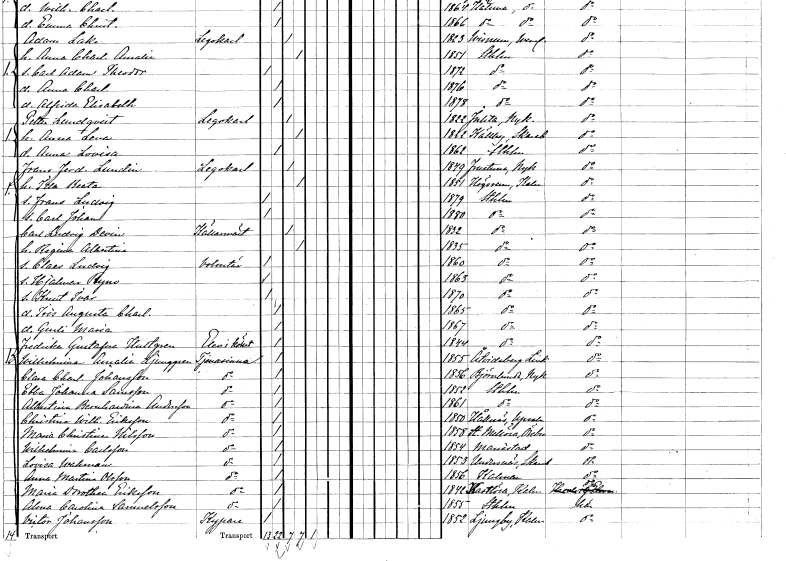
gt_parse: households: individuals: FN: Petter
EN: Lundqvist
YRKE: Legokarl
KON: M
CIV: G
FODAR: 1822
FODFORS: Julita Södermanlands län
FN: Anna Lena
KON: K
CIV: G
FODAR: 1822
FODFORS: Källby Skaraborgs län
FN: Anna Lovisa
KON: K
CIV: O
FODAR: 1862
FODFORS: Stockholm
FN: Frans Ferdinand
EN: Lundin
YRKE: Legokarl
KON: M
CIV: G
FODAR: 1849
FODFORS: Frustuna Södermanlands län
FN: Ida Beata
KON: K
CIV: G
FODAR: 1851
FODFORS: Högsrum Kalmar län
FN: Frans Ludvig
KON: M
CIV: O
FODAR: 1879
FODFORS: Stockholm
FN: Carl Johan
KON: M
CIV: O
FODAR: 1880
FODFORS: Stockholm
FN: Carl Ludvig
EN: Devin
YRKE: Källarmästare
KON: M
CIV: G
FODAR: 1832
FODFORS: Stockholm
FN: Regina Albertina
KON: K
CIV: G
FODAR: 1835
FODFORS: Stockholm
FN: Claes Ludvig
YRKE: Volontär
KON: M
CIV: O
FODAR: 1860
FODFORS: Stockholm
FN: Hjalmar Ryno
KON: M
CIV: O
FODAR: 1863
FODFORS: Stockholm
FN: Knut Ivar
KON: M
CIV: O
FODAR: 1870
FODFORS: Stockholm
FN: Iris Augusta Charlotta
KON: K
CIV: O
FODAR: 1865
FODFORS: Stockholm
FN: Gurli Maria
KON: K
CIV: O
FODAR: 1867
FODFORS: Stockholm
FN: Fredrika Gustafva
EN: Hultgren
YRKE: Kökselev
KON: K
CIV: O
FODAR: 1844
FODFORS: Stockholm
FN: Wilhelmina Amalia
EN: Ljunggren
YRKE: Tjänarinna
KON: K
CIV: O
FODAR: 1855
FODFORS: Åtvid Östergötlands län
FN: Clara Charlotta
EN: Johansson
YRKE: Tjänarinna
KON: K
CIV: O
FODAR: 1856
FODFORS: Björnlunda Södermanlands län
FN: Ebba Johanna
EN: Samsson
YRKE: Tjänarinna
KON: K
CIV: O
FODAR: 1852
FODFORS: Stockholm
FN: Albertina Bernhardina
EN: Andersson
YRKE: Tjänarinna
KON: K
CIV: O
FODAR: 1861
FODFORS: Stockholm
FN: Christina Wilhelmina
EN: Eriksson
YRKE: Tjänarinna
KON: K
CIV: O
FODAR: 1850
FODFORS: Hållnäs Uppsala län
FN: Maria Christina
EN: Nilsson
YRKE: Tjänarinna
KON: K
CIV: O
FODAR: 1858
FODFORS: Stora Mellösa Örebro län
FN: Wilhelmina
EN: Carlsson
YRKE: Tjänarinna
KON: K
CIV: O
FODAR: 1854
FODFORS: Mariestad Skaraborgs län
FN: Lovisa
EN: Wahman
YRKE: Tjänarinna
KON: K
CIV: O
FODAR: 1853
FODFORS: Undenäs Skaraborgs län
FN: Anna Martina
EN: Olsson
YRKE: Tjänarinna
KON: K
CIV: O
FODAR: 1856
FODFORS: Kalmar Kalmar län
FN: Maria Dorothea
EN: Eriksson
YRKE: Tjänarinna
KON: K
CIV: O
FODAR: 1842
FODFORS: Kastlösa Kalmar län
FN: Alma Carolina
EN: Samuelsson
YRKE: Tjänarinna
KON: K
CIV: O
FODAR: 1855
FODFORS: Stockholm
FN: Victor
EN: Johansson
YRKE: Kypare
KON: M
CIV: O
FODAR: 1852
FODFORS: Ljungby Hallands län